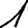
Digit: 1